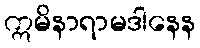
ဣမိနာရာမဒါနေန